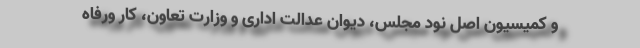
و کمیسیون اصل نود مجلس، دیوان عدالت اداری و وزارت تعاون، کار ورفاه